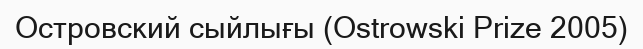
Островский сыйлығы (Ostrowski Prize 2005)